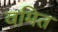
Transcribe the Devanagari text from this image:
वमित